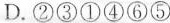
③窗子在园林建筑艺术中起着很重要的作用。